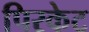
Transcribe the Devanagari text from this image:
पिरकेट